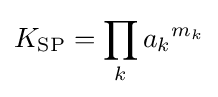
K_{\mathrm {SP} }=\prod _{k}{{a_{k}}^{m_{k}}}